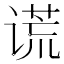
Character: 谎